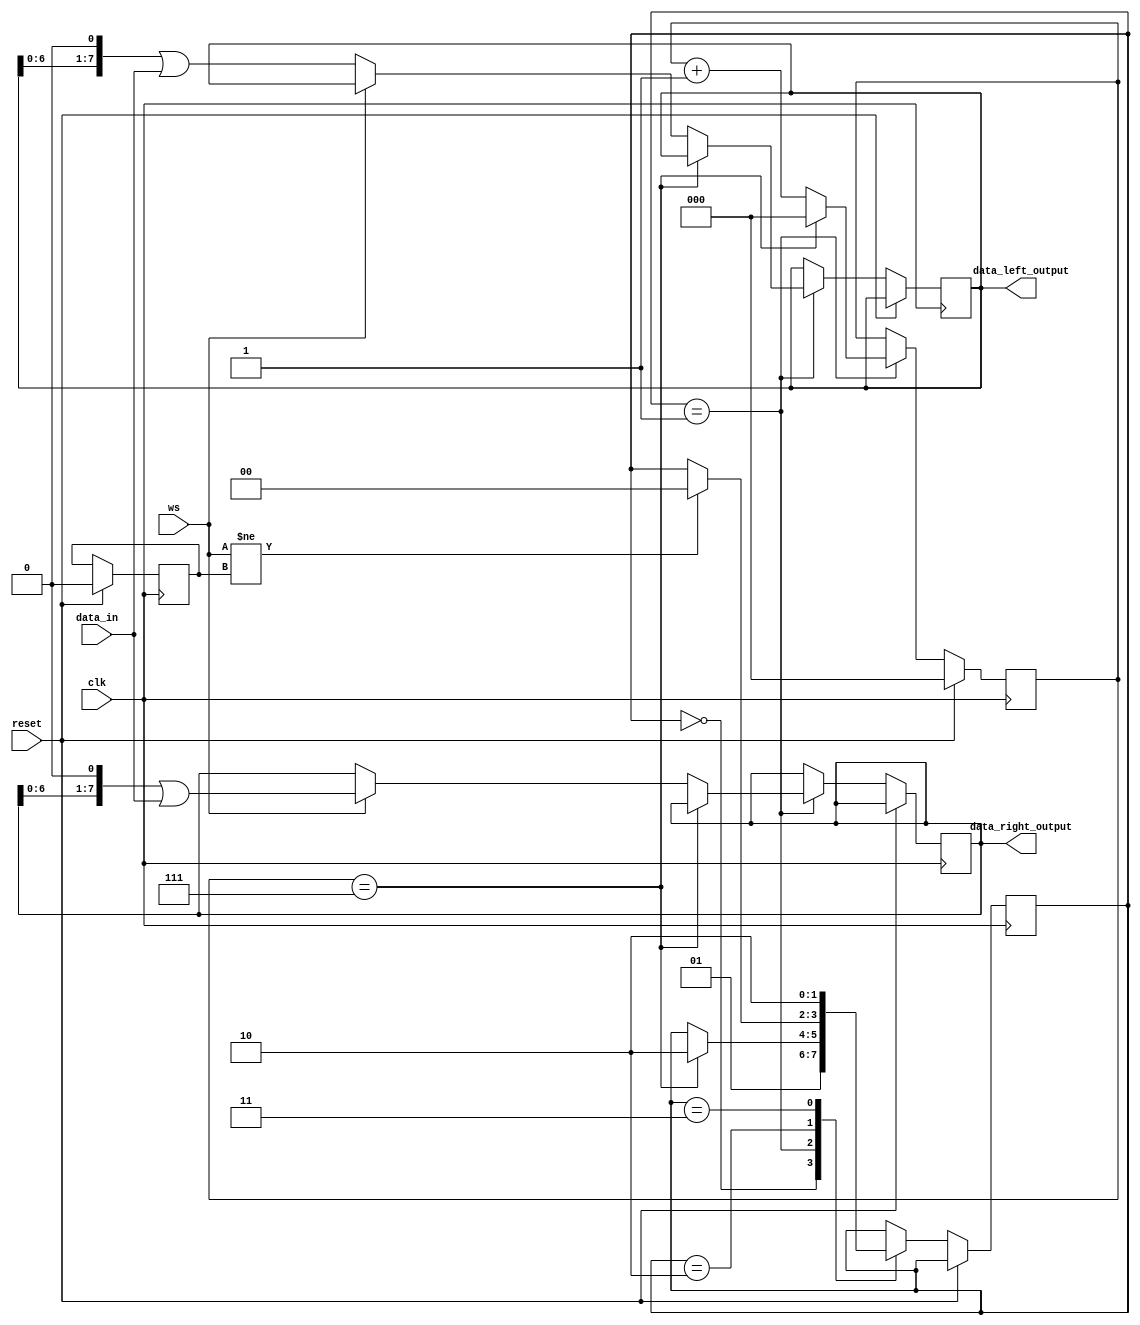
`default_nettype none

module i2s_to_pcm(clk, ws, data_in, reset, data_left_output, data_right_output);

    parameter NUMBER_OF_BITS = 8;

    input wire clk;
    input wire ws;
    input wire data_in;
    input wire reset;
    output wire [NUMBER_OF_BITS-1:0] data_left_output;
    output wire [NUMBER_OF_BITS-1:0] data_right_output;

localparam [1:0]
    wait_clk       = 2'b00,
    samplig        = 2'b01,
    not_sampling   = 2'b10,
    edge_case      = 2'b11;

reg [NUMBER_OF_BITS-1:0] data_left;
reg [NUMBER_OF_BITS-1:0] data_right;

assign data_left_output = data_left;
assign data_right_output = data_right;

reg [1:0] state = not_sampling;
reg prev_ws = 0;
reg [2:0] bit_counter = 0;


always @(posedge clk) begin
    if (reset) begin
        prev_ws <= 0;
        bit_counter <= 0;
    end else begin
        case (state) 
            wait_clk: begin
                state <= samplig;
            end
            samplig: begin
                if (bit_counter == NUMBER_OF_BITS-1) begin
                    state <= not_sampling;
                    bit_counter <= 0;
                end else begin
                    if (!ws) begin
                        data_left <= data_left << 1 | data_in;
                    end 
                    else begin 
                        data_right <= data_right << 1 | data_in;
                    end
                    bit_counter <= bit_counter + 1;
                end
            end
            not_sampling: begin
                if (ws != prev_ws) begin
                    state <= wait_clk;
                end
            end
            edge_case: begin
                state <= not_sampling;
            end
        endcase
    end
end




endmodule

module tt04_design (
    input  wire [7:0] ui_in,    // Dedicated inputs - connected to the input switches
    output wire [7:0] uo_out,   // Dedicated outputs - connected to the 7 segment display
    input  wire [7:0] uio_in,   // IOs: Bidirectional Input path
    output wire [7:0] uio_out,  // IOs: Bidirectional Output path
    output wire [7:0] uio_oe,   // IOs: Bidirectional Enable path (active high: 0=input, 1=output)
    input  wire       ena,      // will go high when the design is enabled
    input  wire       clk,      // clock
    input  wire       rst_n     // reset_n - low to reset
);

localparam NUMBER_OF_CHANNELS = 8;
localparam NUMBER_OF_BITS = 8;
localparam SAMPLES_BUFFER_SIZE = 10;
localparam BUFFER_SIZE = NUMBER_OF_BITS * SAMPLES_BUFFER_SIZE;

wire reset = ! rst_n;


reg ws_clk = 0;
reg [4:0] ws_counter = 0;

always @ (posedge clk) begin
    if (reset) begin
        ws_clk <= 0;
        ws_counter <= 0;
    end else begin
        if (ws_counter == 31) begin
            ws_clk <= ~ws_clk;
        end
        ws_counter <= ws_counter + 1;
    end
end

// wire [7:0] data_left;
// wire [7:0] data_right;

i2s_to_pcm test_design_i2s(
    .clk(clk),
    .ws(ws_clk),
    .data_in(ui_in[0]),
    .reset(reset),
    .data_left_output(uio_out),
    .data_right_output(uo_out)
);

/*
reg [ NUMBER_OF_BITS - 1 : 0 ] channels [ 0 : NUMBER_OF_CHANNELS-1 ][SAMPLES_BUFFER_SIZE -1 : 0];

// use bidirectionals as outputs
assign uio_out = 8'b00000000;

generate
    genvar i;
    for ( i = 0; i < NUMBER_OF_CHANNELS; i = i + 1 ) begin
        assign uo_out[i] = channels[i][SAMPLES_BUFFER_SIZE-1];
    end 
endgenerate

integer j;
integer k;




always @(posedge ws_clk) begin
    // if reset, set counter to 0
    if (reset) begin
        // digit <= 0;
    end else begin
        if (ena) begin
            for( j = 0; j < NUMBER_OF_CHANNELS; j = j + 1 ) begin
                for( k = SAMPLES_BUFFER_SIZE-1; k > 0; k = k - 1 ) begin
                    channels[j][k] <= channels[j][k-1];
                end
                channels[j][0] <= ui_in;
                // channels[j] = channels[j][SAMPLES_BUFFER_SIZE-2:0] >> 1 // {channels[j][SAMPLES_BUFFER_SIZE-2:0], ui_in[j]};
            end
        end
    end
end
*/
endmodule